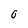
Character: 0